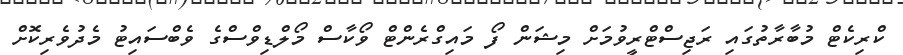
ކްރިކެޓް މުބާރާތުގައި ރަޖިސްޓްރީވުމަށް މިޝަން ފޯ މައިގްރެންޓް ވޯކާސް މޯލްޑިވްސްގެ ވެބްސައިޓު މެދުވެރިކޮށް